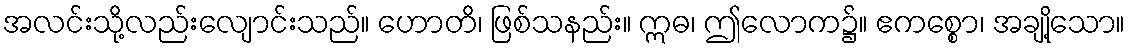
အလင်းသို့လည်းလျောင်းသည်။ ဟောတိ၊ ဖြစ်သနည်း။ ဣဓ၊ ဤလောက၌။ ဧကစ္စော၊ အချို့သော။